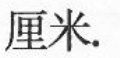
厘米。